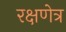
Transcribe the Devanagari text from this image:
रक्षणेत्र